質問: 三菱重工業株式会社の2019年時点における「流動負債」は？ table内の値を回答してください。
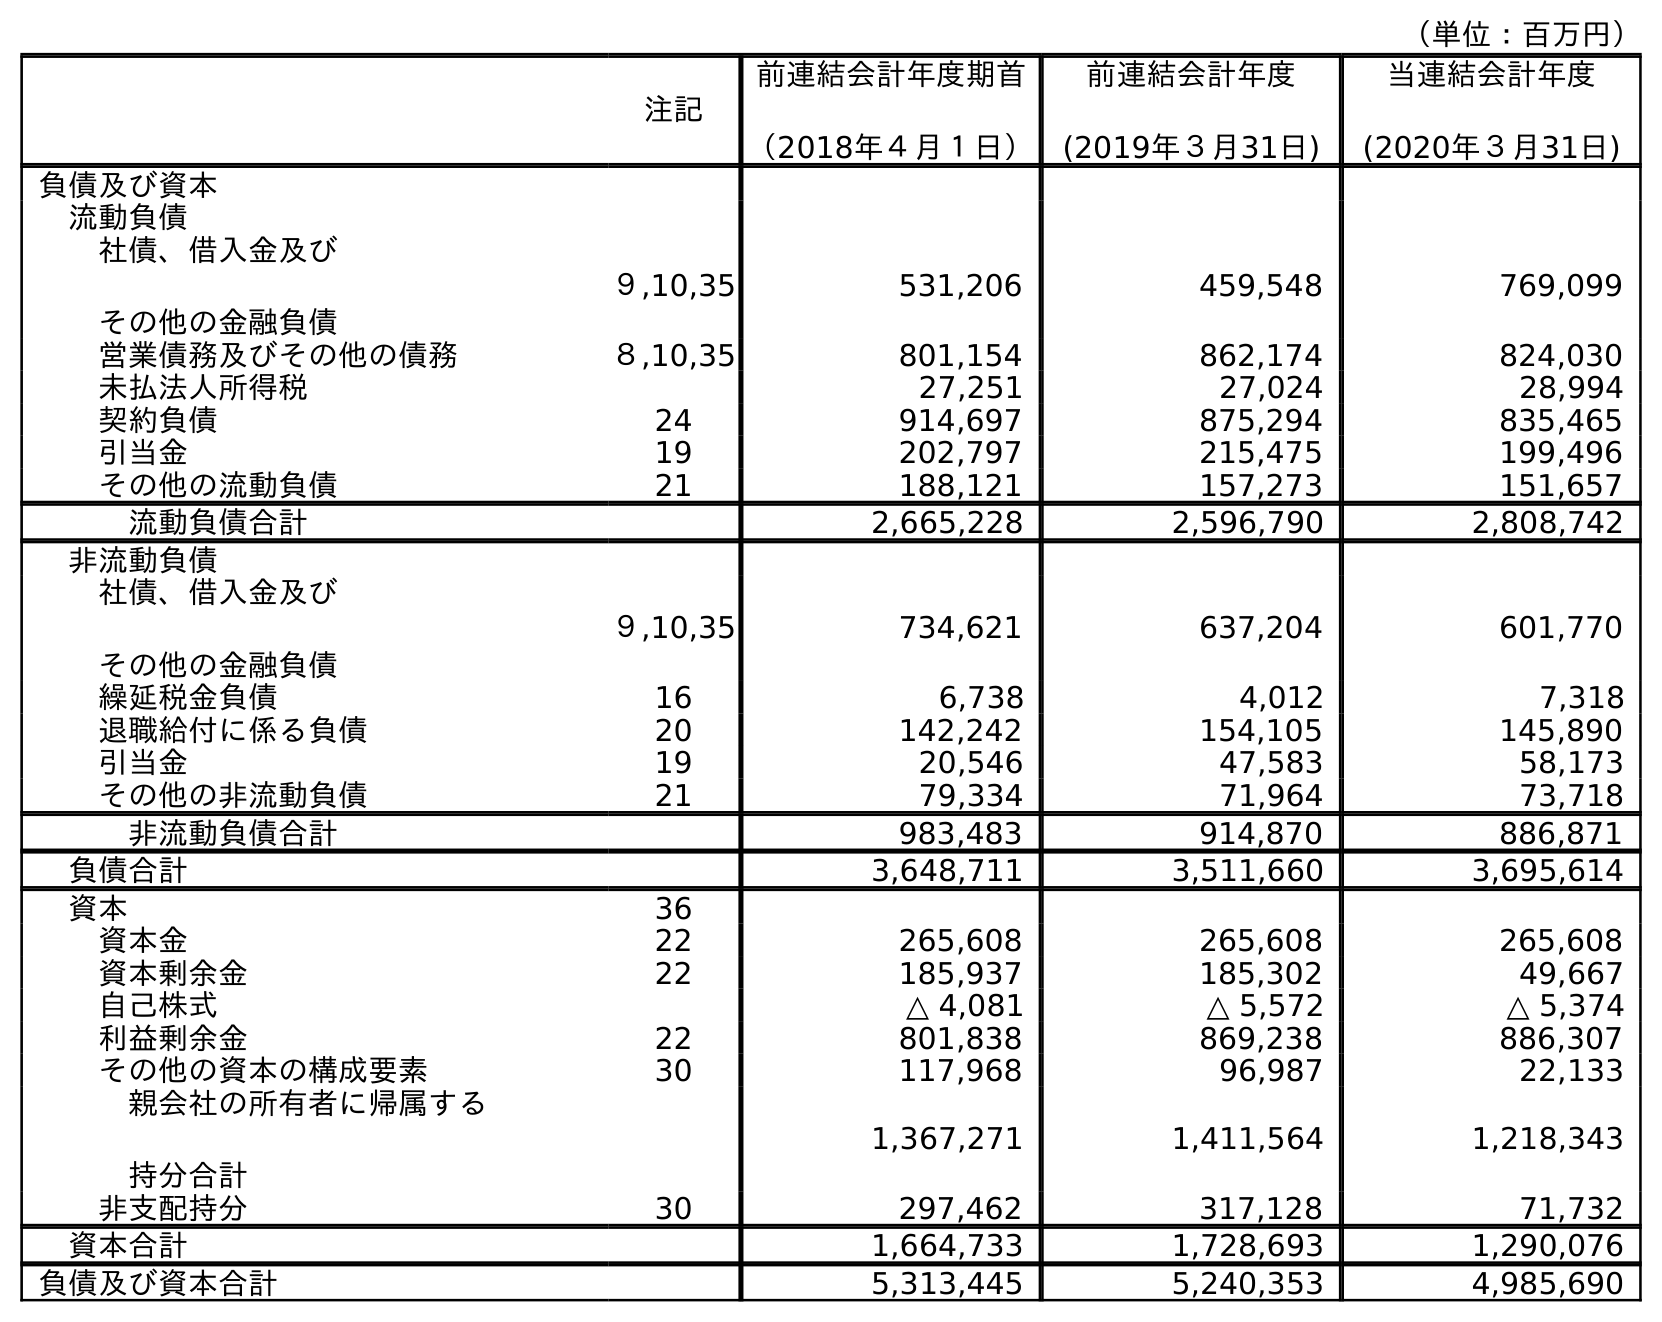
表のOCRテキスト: （単位：百万円） 注記 前連結会計年度期首 （2018年４月１日） 前連結会計年度 (2019年３月31日) 当連結会計年度 (2020年３月31日) 負債及び資本 流動負債 社債、借入金及び その他の金融負債 ９,10,35 531,206 459,548 769,099 営業債務及びその他の債務 ８,10,35 801,154 862,174 824,030 未払法人所得税 27,251 27,024 28,994 契約負債 24 914,697 875,294 835,465 引当金 19 202,797 215,475 199,496 その他の流動負債 21 188,121 157,273 151,657 流動負債合計 2,665,228 2,596,790 2,808,742 非流動負債 社債、借入金及び その他の金融負債 ９,10,35 734,621 637,204 601,770 繰延税金負債 16 6,738 4,012 7,318 退職給付に係る負債 20 142,242 154,105 145,890 引当金 19 20,546 47,583 58,173 その他の非流動負債 21 79,334 71,964 73,718 非流動負債合計 983,483 914,870 886,871 負債合計 3,648,711 3,511,660 3,695,614 資本 36 資本金 22 265,608 265,608 265,608 資本剰余金 22 185,937 185,302 49,667 自己株式 △ 4,081 △ 5,572 △ 5,374 利益剰余金 22 801,838 869,238 886,307 その他の資本の構成要素 30 117,968 96,987 22,133 親会社の所有者に帰属する 持分合計 1,367,271 1,411,564 1,218,343 非支配持分 30 297,462 317,128 71,732 資本合計 1,664,733 1,728,693 1,290,076 負債及び資本合計 5,313,445 5,240,353 4,985,690
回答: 2,596,790